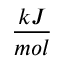
\frac { k J } { m o l }